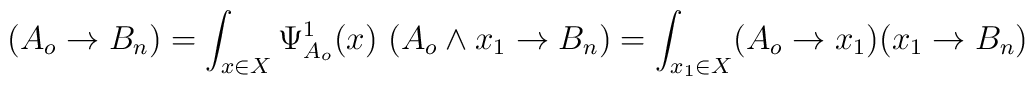
(A_o\rightarrow B_n)=\int_{x\in X} \Psi^1_{A_o}(x)\ (A_o\wedge x_1\rightarrow B_n)=\int_{x_1\in X} (A_o\rightarrow x_1)(x_1\rightarrow B_n)